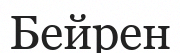
Бейрен